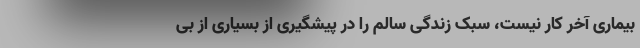
بیماری آخر کار نیست، سبک زندگی سالم را در پیشگیری از بسیاری از بی